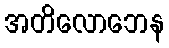
အတိလောဘေန